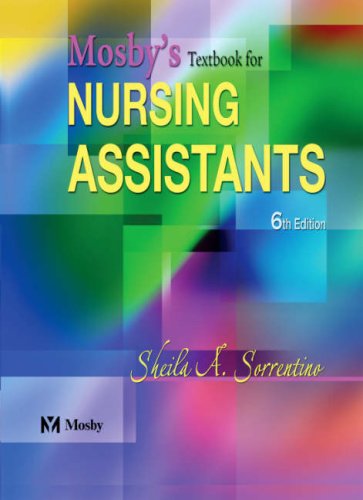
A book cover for Mosby's Textbook for Nursing Assistants; Sheila A. Sorrentino; Medical Books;